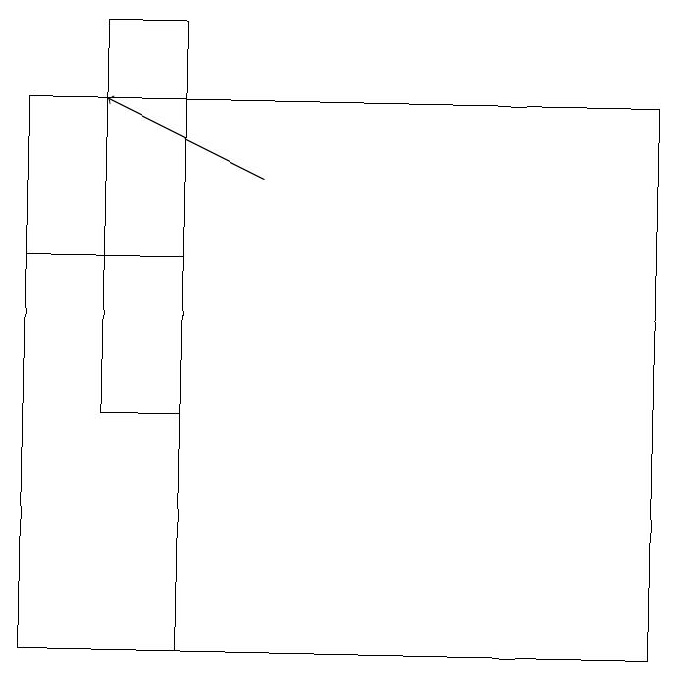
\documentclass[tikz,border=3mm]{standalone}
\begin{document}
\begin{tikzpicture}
\draw[->] (3,16) -- (1,17);
\draw (0,10) rectangle (2,15);
\draw (1,18) rectangle (2,13);
\draw (8,10) rectangle (0,17);
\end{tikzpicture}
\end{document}